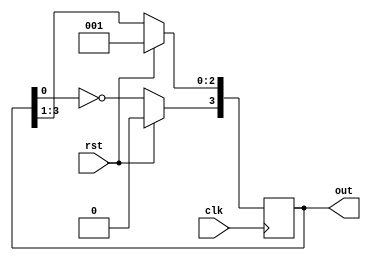
//////////////////////////////////////////////////////////////////////////////////
// Design: Johnson Counter
//////////////////////////////////////////////////////////////////////////////////
`timescale 1ns / 1ps

module johnson_counter(clk, rst, out);

    parameter N = 4;
    
    input  wire clk;
    input  wire rst;
    output reg  [N-1:0] out;
    
    always@(posedge clk)
        begin
            if(rst==1) begin
                out <= 1;
            end else begin
                out[N-1]   <=  ~out[0];
                out[N-2:0] <=  out[N-1:1];
            end
            
        end
   
endmodule

//module johnson_counter #(parameter N=4) 
//  (  
//  input clk,                
//  input rst,
//  output reg [N-1:0] out
//  );    
 
//  always @ (posedge clk) begin
//      if (rst)
//         out <= 1;
//      else begin
//        out[N-1] <= ~out[0];
//        for (integer i = 0; i < N-1; i=i+1) begin
//          out[i] <= out[i+1];
//        end
//      end
//  end
//endmodule